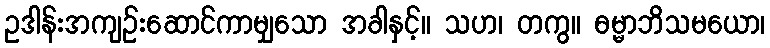
ဥဒါန်းအကျဉ်းဆောင်ကာမျှသော အခါနှင့်။ သဟ၊ တကွ။ ဓမ္မာဘိသမယော၊